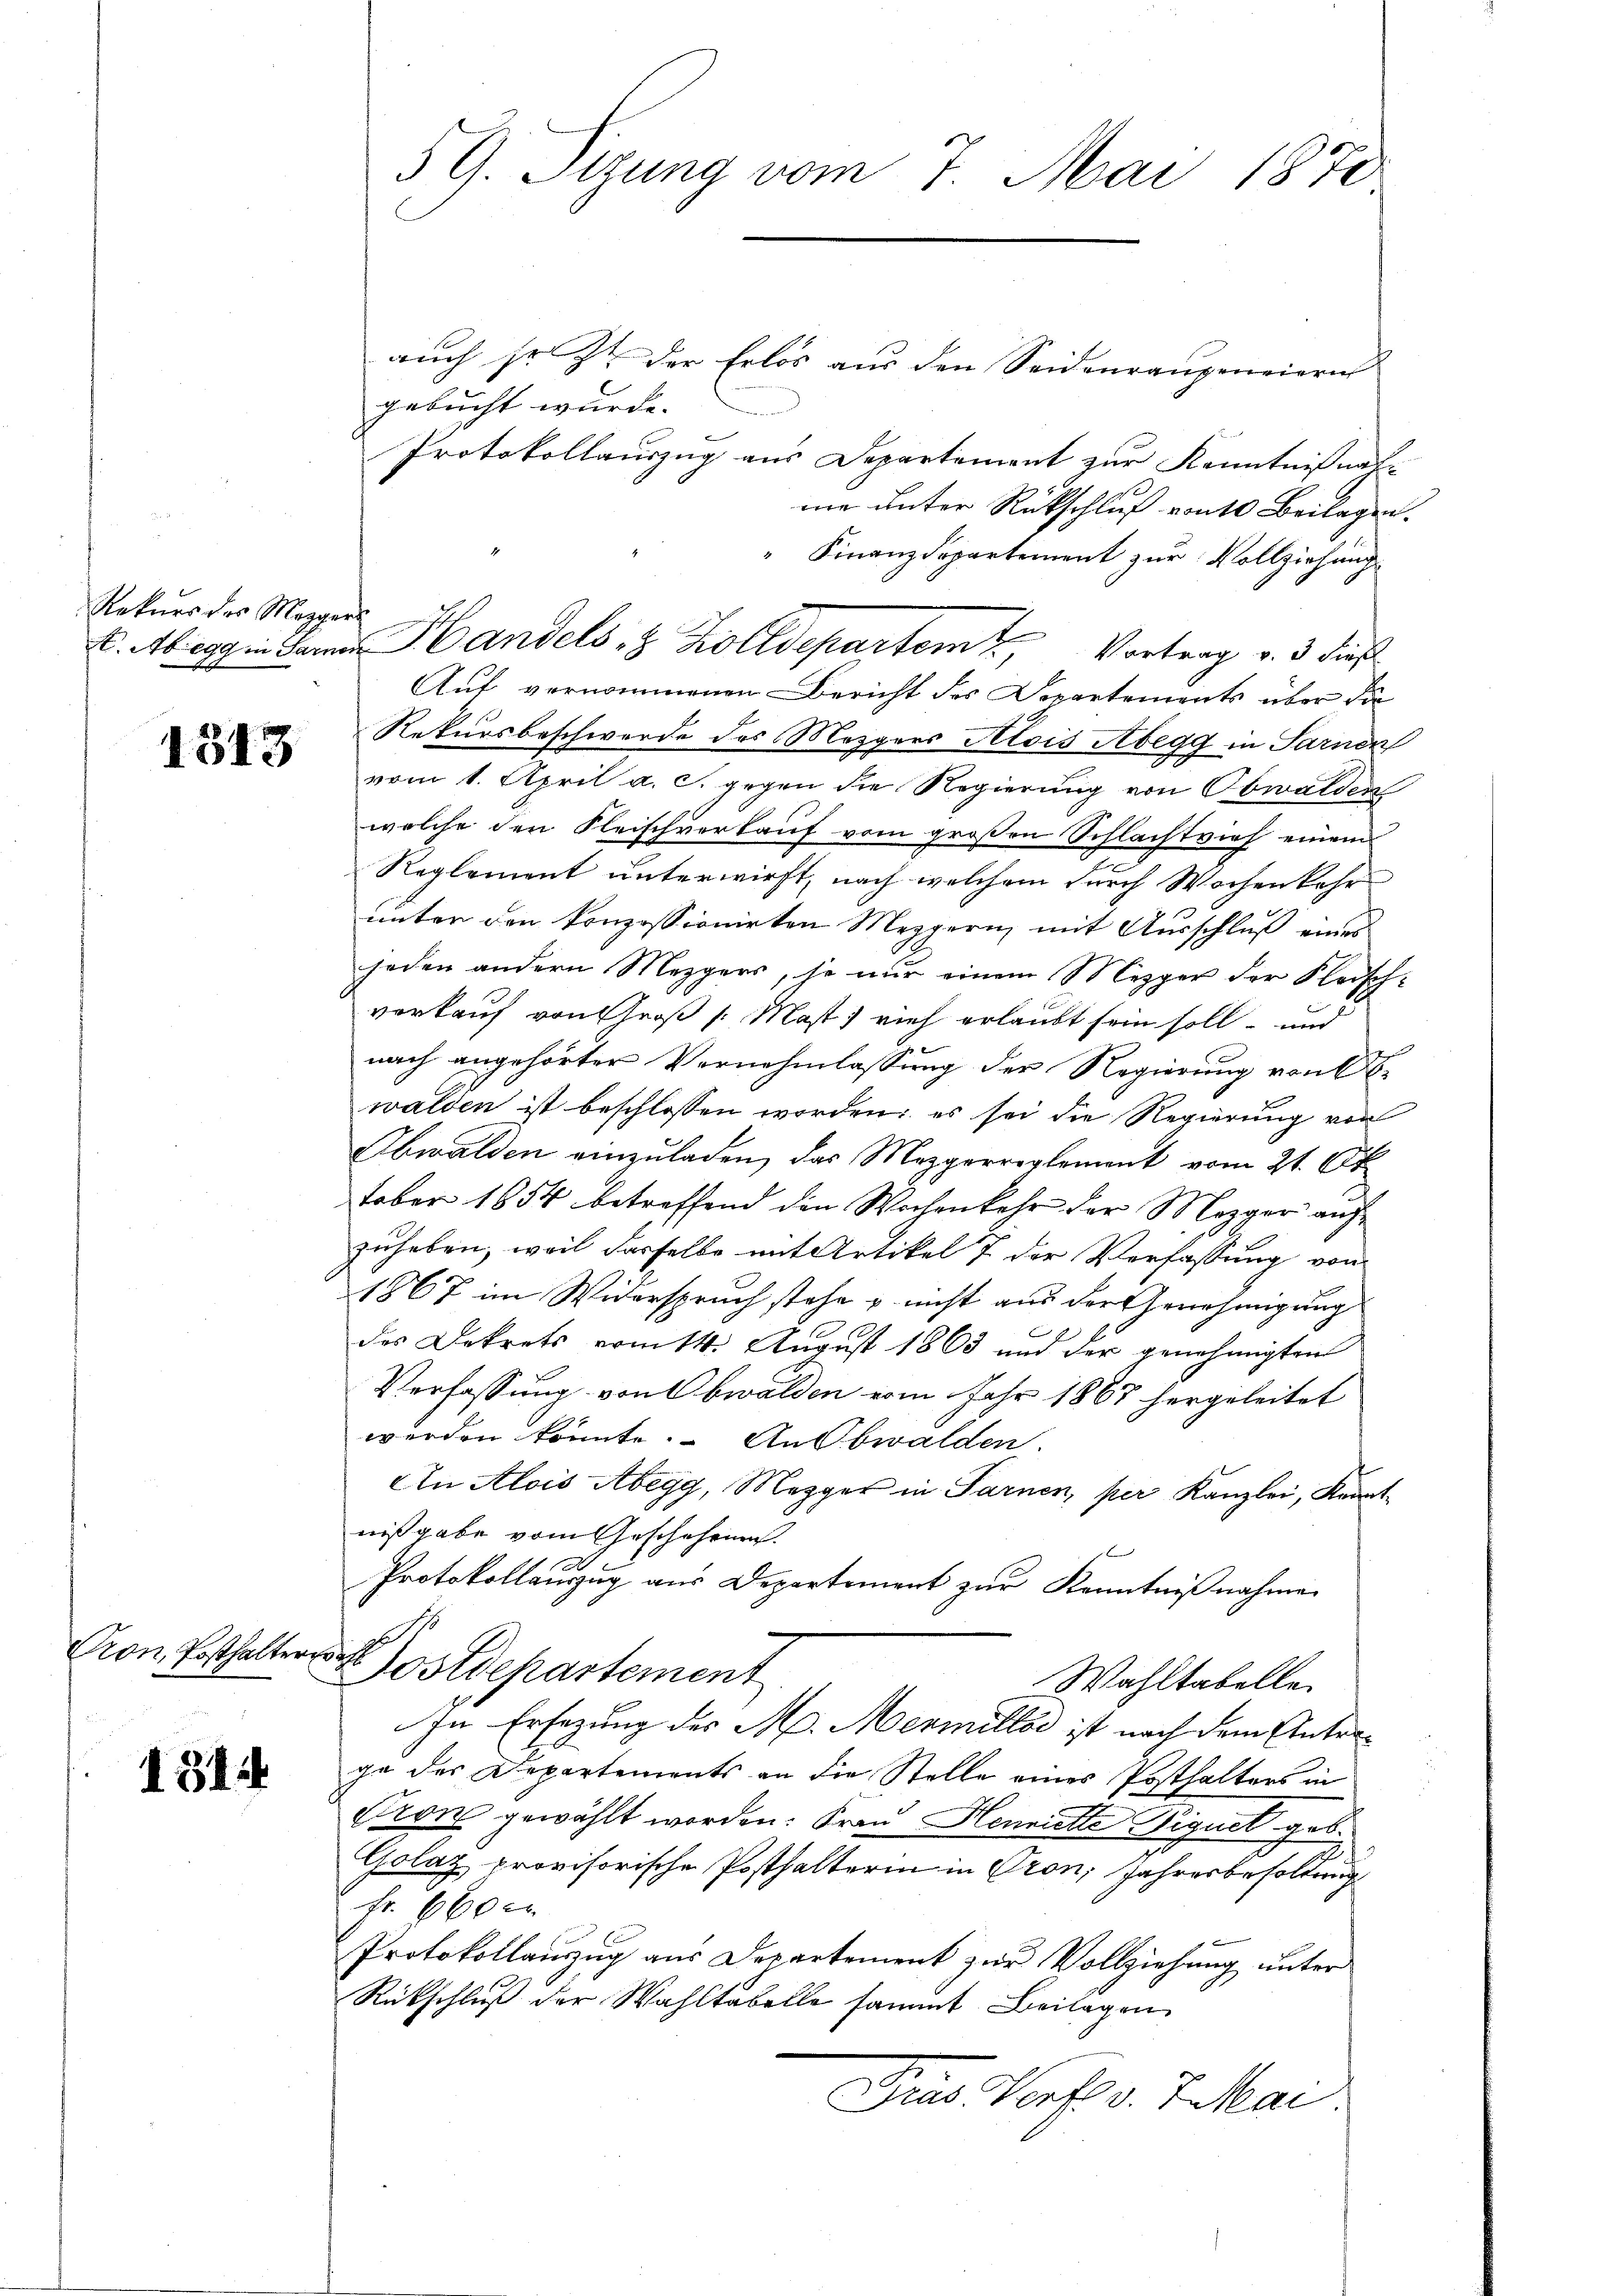
Rekurs des Mezgers

1313

Pron, Posthalteral

1314

59. Sizung vom 7. Mai 1870

auch so z. der Erlos aus den Seiderrangeneiern
gebucht wurde.
n
Protokollauszug aus Departement zur Kenntnißnat-
ne unter Rückschluß von 10 Beilagen.
Finanzdepartement zur Vollziehung
Auf vernommenen Bericht des Departements über die
Rekursbeschwerde des Mezgers Alois Abegg in Sarnen
vom 1. April a. c. gegen die Regierung von Obwalden
welche den Fleischverkauf vom großen Schlachtvieh einem
Reglement unterwirft, nach welchem durch Wochenkehr
unter den konzessionirten Mezgern, mit Ausschluß eines
joden andern Mezgers, je nur einem Mezger der Fleisch-
vorkauf von Groß /: Mast; vieh erlaubt sein soll- und
nach angehörter Vernehmlassung der Regierung von Er
walden ist beschlossen worden; es sei die Regierung von
Obwalden einzuladen, das Mezgerreglement vom 21. Ok
tober 1854 betreffend den Wochenkehr der Mezger aufzuheben, weil dasselbe mit Artikel 7 der Verfassung vom
1867 im Widerspruch stehe & nicht aus der Genehmigung
des Dekrets vom 11. August 1863 und der genehmigten
Verfassung von Obwalden vom Jahr 1867 hergeleitet
werden könnte. Aubwalden.
An Alois Abegg, Mezger in Sarnen, per Kanzlei, Kannt
nißgabe vom Geschehenen.
fx
Protokollenzzug aus Departement zur Kenntnißnahmen
Postdepartement
Wahltabelle
In Ersezung des M. Mermelle ist nach dem Unterge des Departements an die Stelle eines Posthalters in
Pron gewählt worden. Frau Henritte Vignet geb.
Golaz provisorische Posthalterin in Gron, Jahresbesoldung
Fr. 600 r
Protokollauszug aus Departement zur Vollziehung unter
Rückschluß der Wahltabelle sammt Beilagen
Gras Dorf v. 7. Mar

E. Abegg in darna Handels 8 Zolldepartem Vortrag v. 3. dieß